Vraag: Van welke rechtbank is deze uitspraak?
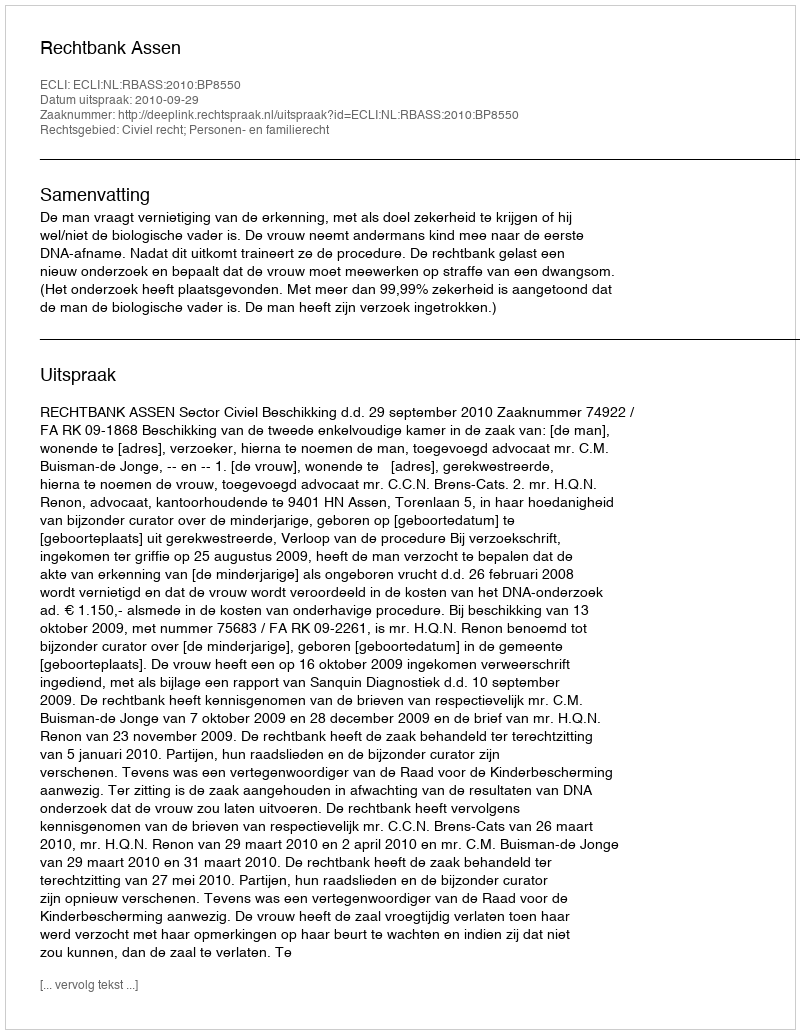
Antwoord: Rechtbank Assen